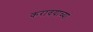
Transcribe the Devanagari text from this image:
करावयाच्यां